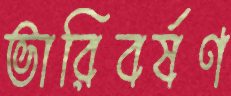
ভারিবর্ষণ